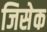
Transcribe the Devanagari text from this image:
जिसेक